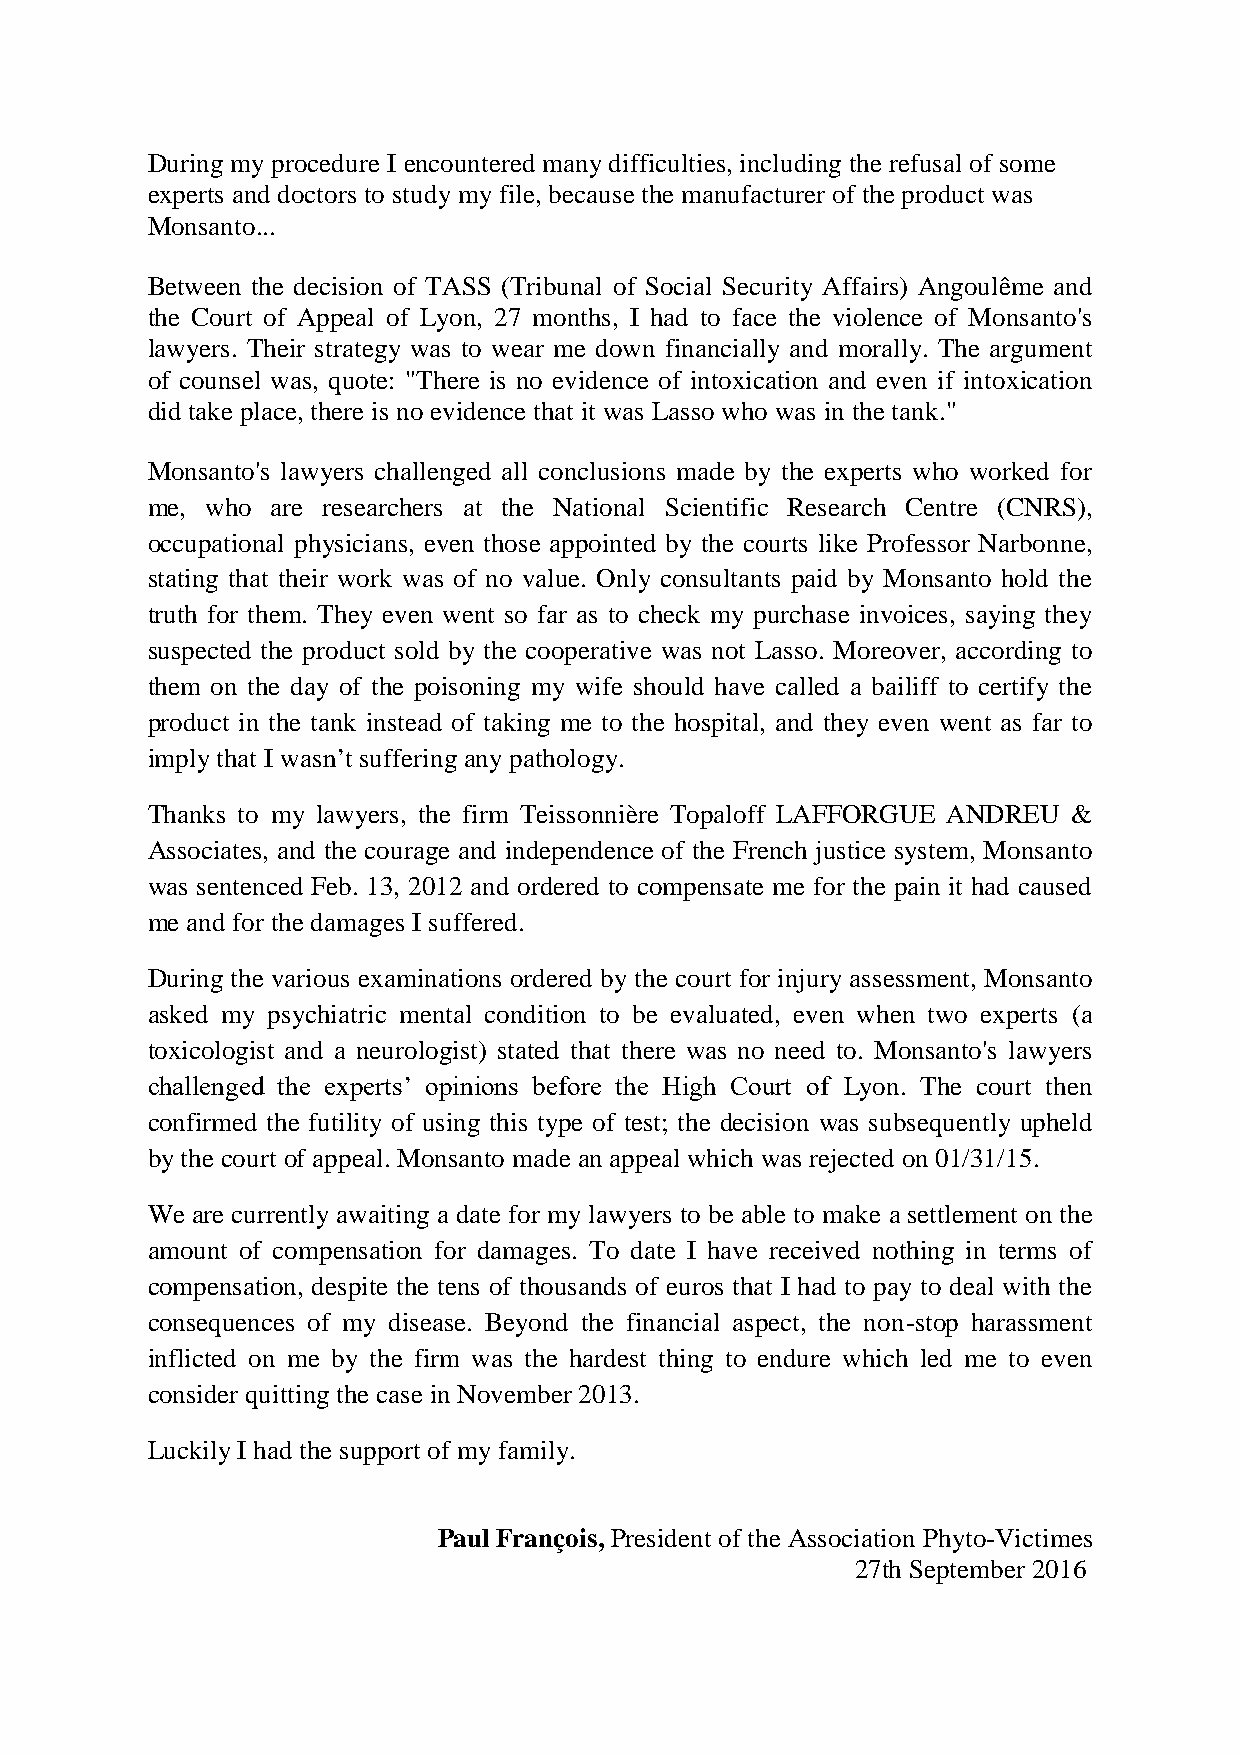
During my procedure I encountered many difficulties, including the refusal of some
 experts and doctors to study my file, because the manufacturer of the product was
 Monsanto...
 Between the decision of TASS (Tribunal of Social Security Affairs) Angoulême and
 the Court of Appeal of Lyon, 27 months, I had to face the violence of Monsanto's
 lawyers. Their strategy was to wear me down financially and morally. The argument
 of counsel was, quote: "There is no evidence of intoxication and even if intoxication
 did take place, there is no evidence that it was Lasso who was in the tank."
 Monsanto's lawyers challenged all conclusions made by the experts who worked for
 me, who are researchers at the National Scientific Research Centre (CNRS),
 occupational physicians, even those appointed by the courts like Professor Narbonne,
 stating that their work was of no value. Only consultants paid by Monsanto hold the
 truth for them. They even went so far as to check my purchase invoices, saying they
 suspected the product sold by the cooperative was not Lasso. Moreover, according to
 them on the day of the poisoning my wife should have called a bailiff to certify the
 product in the tank instead of taking me to the hospital, and they even went as far to
 imply that I wasn’t suffering any pathology.
 Thanks to my lawyers, the firm Teissonnière Topaloff LAFFORGUE ANDREU &
 Associates, and the courage and independence of the French justice system, Monsanto
 was sentenced Feb. 13, 2012 and ordered to compensate me for the pain it had caused
 me and for the damages I suffered.
 During the various examinations ordered by the court for injury assessment, Monsanto
 asked my psychiatric mental condition to be evaluated, even when two experts (a
 toxicologist and a neurologist) stated that there was no need to. Monsanto's lawyers
 challenged the experts’ opinions before the High Court of Lyon. The court then
 confirmed the futility of using this type of test; the decision was subsequently upheld
 by the court of appeal. Monsanto made an appeal which was rejected on 01/31/15.
 We are currently awaiting a date for my lawyers to be able to make a settlement on the
 amount of compensation for damages. To date I have received nothing in terms of
 compensation, despite the tens of thousands of euros that I had to pay to deal with the
 consequences of my disease. Beyond the financial aspect, the non-stop harassment
 inflicted on me by the firm was the hardest thing to endure which led me to even
 consider quitting the case in November 2013.
 Luckily I had the support of my family.
 Paul François, President of the Association Phyto-Victimes
 27th September 2016